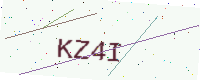
Text: KZ4I